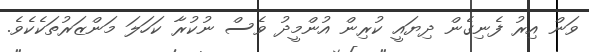
ވަން އިރު ފެނިގެން ދިޔައީ ކުރިން އުންމީދު ވެސް ނުކުރާ ކަހަލަ މަންޒަރުތަކެކެވެ.